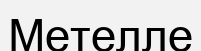
Метелле